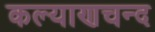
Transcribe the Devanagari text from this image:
कल्याणचन्द